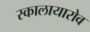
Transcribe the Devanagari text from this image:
स्कालायारोव